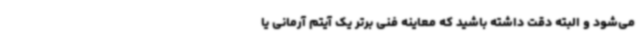
می‌شود و البته دقت داشته باشید که معاینه فنی برتر یک آیتم آرمانی یا